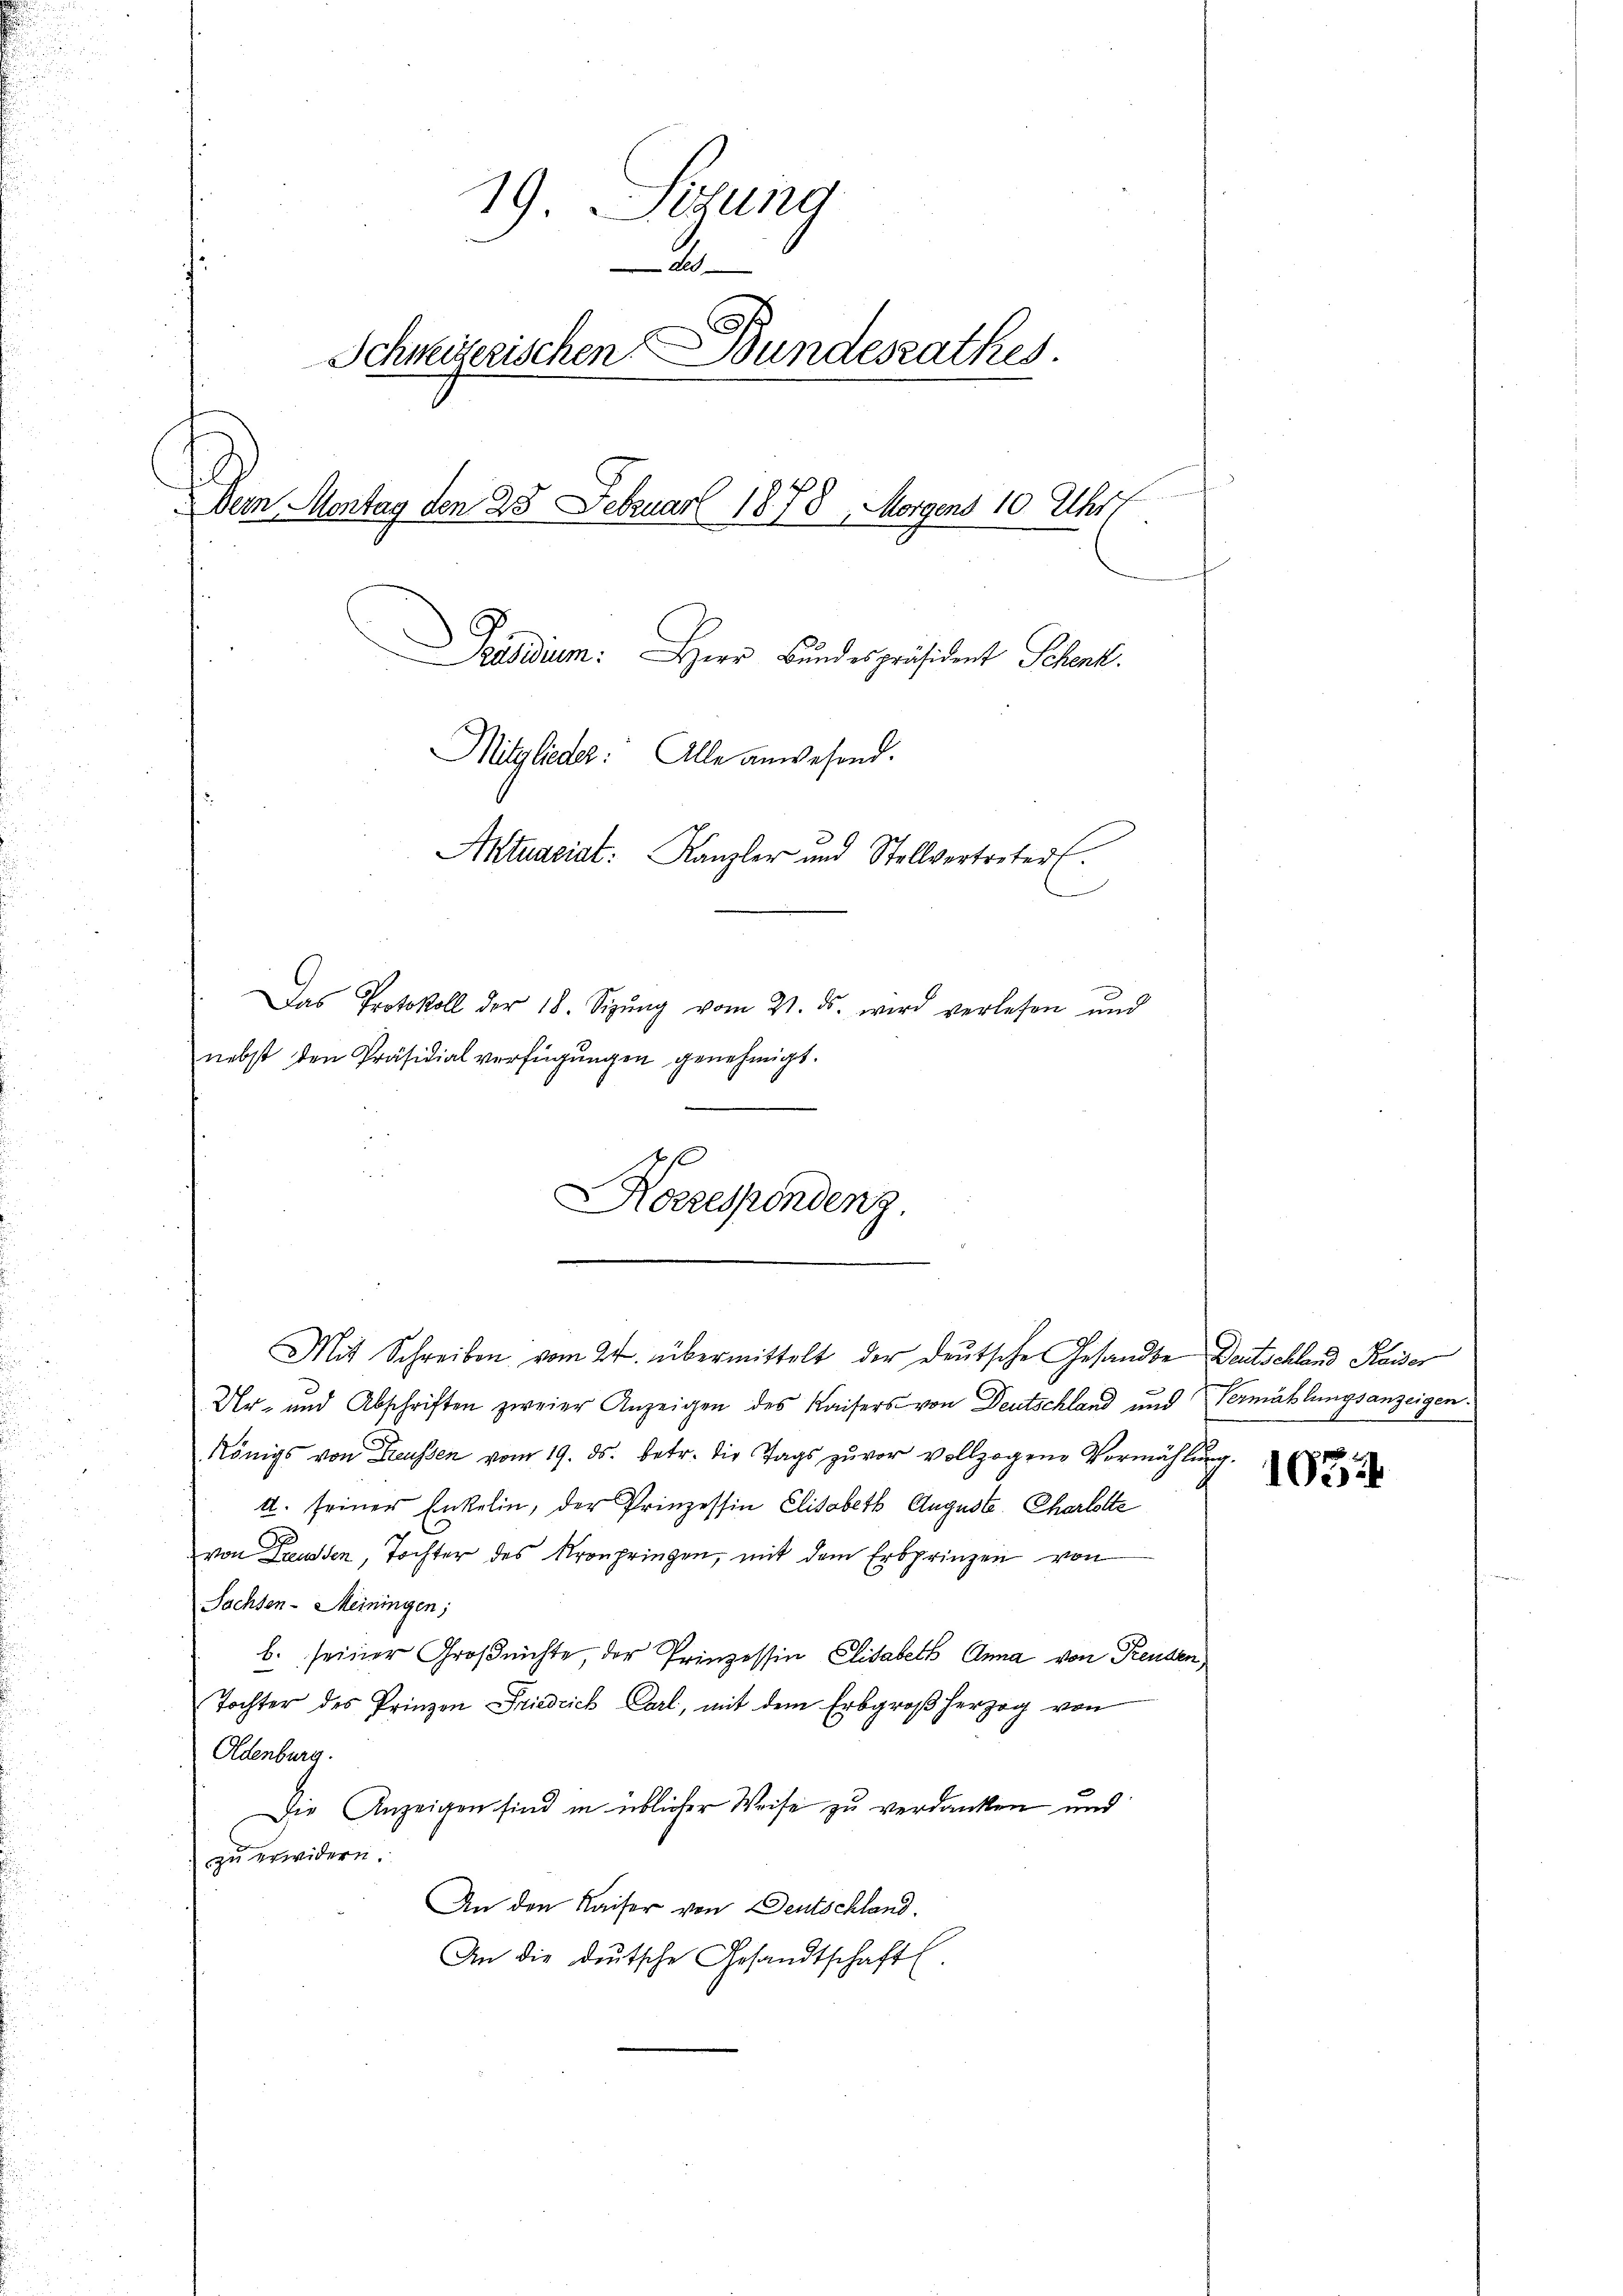
19. Sizung
2
Schweizerischen Bundesrathes.
Dem Montag den 23. Februar 1878, Morgens 10 Uhr f
Präsidium. Herr Bundespräsident Schenkt.
Mitglieder: Alle anwesend.
Aktuasiat. Kanzler und Stellvertreter
Das Protokoll der 18. Sizŭng vom 21. ds. wird verlesen und
nebst den Präsidialverfügungen genehmigt.

Koszespondenz.

Mit Schreiben vom 24. übermittelt der deutsche Gesandte Deutschland Kaiser

Ur- und Abschriften zweier Anzeigen des Kaisers von Deutschland und Vermählungsanzeigen
Königs von Freussen vom 19. ds. betr. die Tags zuvor vollzogene Vormählŭng.
4. seiner Enkelin, der Prinzessin Elisabeth Auguste Charlotte
von Freussen, Tochter des Kronpringen, mit dem Erbprinzen von
Sachsen-Meiningen;
b. seiner Großrichte, der Prinzessin Elisabeth Anna von Freuden
Tochter des Prinzen Friedrich Carl, mit dem Erbgroβ herzog von
Oldenburg.
Die Anzeigen sind in üblicher Weise zu verdanken und
zu erwidern.
An den Kaiser von Deutschland.
An die deutsche Gesandtschaft.